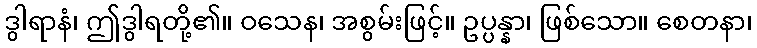
ဒွါရာနံ၊ ဤဒွါရတို့၏။ ဝသေန၊ အစွမ်းဖြင့်။ ဥပ္ပန္နာ၊ ဖြစ်သော။ စေတနာ၊